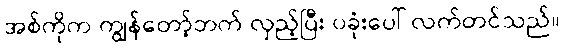
အစ်ကိုက ကျွန်တော့်ဘက် လှည့်ပြီး ပခုံးပေါ် လက်တင်သည်။